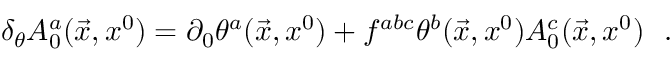
\delta _ { \theta } A _ { 0 } ^ { a } ( \vec { x } , x ^ { 0 } ) = \partial _ { 0 } \theta ^ { a } ( \vec { x } , x ^ { 0 } ) + f ^ { a b c } \theta ^ { b } ( \vec { x } , x ^ { 0 } ) A _ { 0 } ^ { c } ( \vec { x } , x ^ { 0 } ) \ \ .